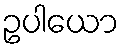
ဥပါယော